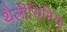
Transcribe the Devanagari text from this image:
थैलीसिमिया